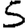
Digit: 5